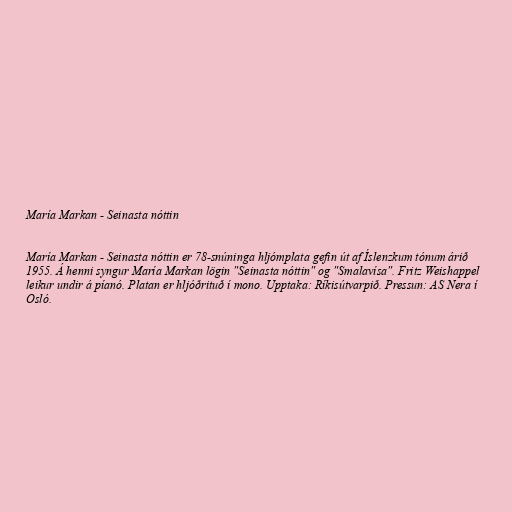
María Markan - Seinasta nóttin

María Markan - Seinasta nóttin er 78-snúninga hljómplata gefin út af Íslenzkum tónum árið
1955. Á henni syngur María Markan lögin "Seinasta nóttin" og "Smalavísa". Fritz Weishappel
leikur undir á píanó. Platan er hljóðrituð í mono. Upptaka: Ríkisútvarpið. Pressun: AS Nera í
Osló.